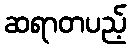
ဆရာတပည့်